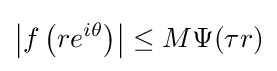
\left|f\left(re^{i\theta }\right)\right|\leq M\Psi (\tau r)